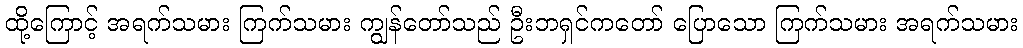
ထို့ကြောင့် အရက်သမား ကြက်သမား ကျွန်တော်သည် ဦးဘရှင်ကတော် ပြောသော ကြက်သမား အရက်သမား